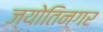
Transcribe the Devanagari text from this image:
ज्योतिनगर